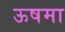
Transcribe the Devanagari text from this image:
ऊषमा